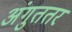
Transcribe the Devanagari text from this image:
अंगुततर